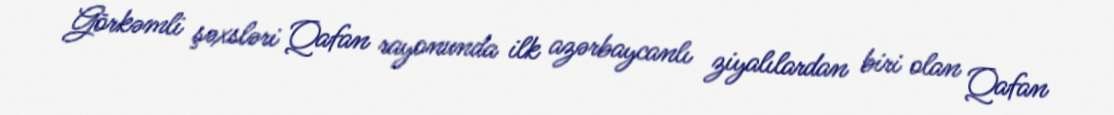
Görkəmli şəxsləri Qafan rayonunda ilk azərbaycanlı ziyalılardan biri olan Qafan